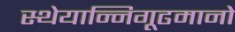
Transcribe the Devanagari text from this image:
स्थेयान्निगूढमानो